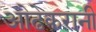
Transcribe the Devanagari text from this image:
ओढेकरानी